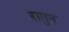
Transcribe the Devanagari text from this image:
रागुन